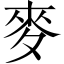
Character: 麥